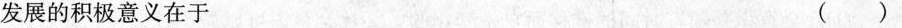
发展的积极意义在于 ( )